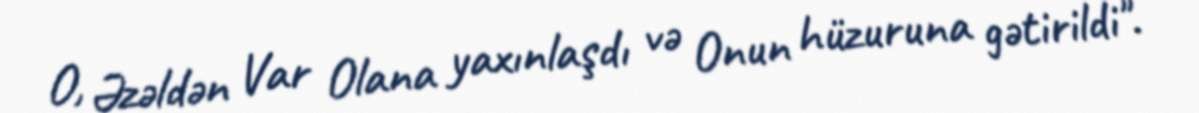
O, Əzəldən Var Olana yaxınlaşdı və Onun hüzuruna gətirildi".